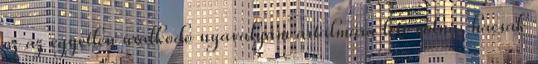
ez az egyetlen uralkodó nyavalyám ártalmára lett volna, hacsak